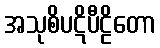
အသုစိပဋိပီဠိတော